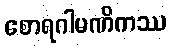
စောရဂါမဏိကဿ